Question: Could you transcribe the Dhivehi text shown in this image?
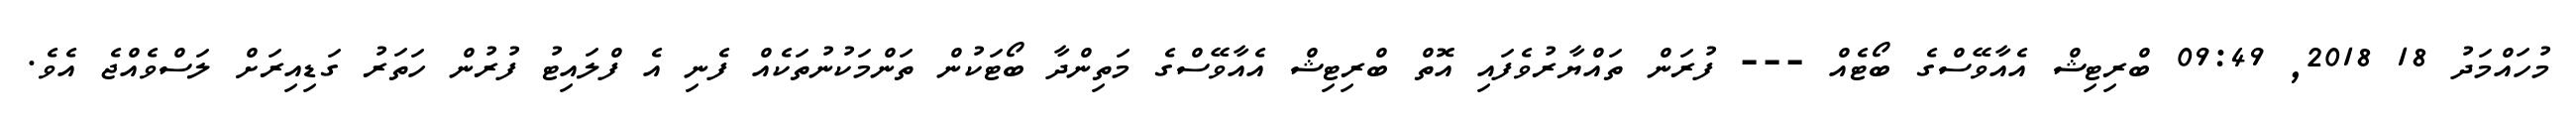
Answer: މުހައްމަދު 18 2018, 09:49 ބްރިޓިޝް އެއާވޭސްގެ ބޯޓެއް --- ފުރަން ތައްޔާރުވެފައި އޮތް ބްރިޓިޝް އެއާވޭސްގެ މަތިންދާ ބޯޓަކުން ތަންމަކުނުތަކެއް ފެނި އެ ފްލައިޓު ފުރުން ހަތަރު ގަޑިއިރަށް ލަސްވެއްޖެ އެވެ.